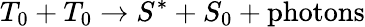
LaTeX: T_{0}+T_{0}\rightarrow S^{*}+S_{0}+{\mathrm{photons}}